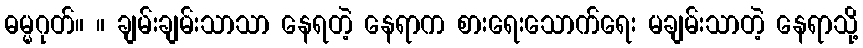
ဓမ္မဂုတ်။ ။ ချမ်းချမ်းသာသာ နေရတဲ့ နေရာက စားရေးသောက်ရေး မချမ်းသာတဲ့ နေရာသို့